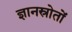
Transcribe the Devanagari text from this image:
ज्ञानस्रोतों